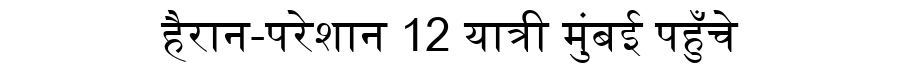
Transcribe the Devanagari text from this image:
हैरान-परेशान 12 यात्री मुंबई पहुँचे